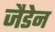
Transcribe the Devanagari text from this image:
जैडेन